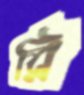
রি